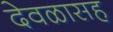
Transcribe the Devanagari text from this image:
देवळासह